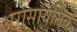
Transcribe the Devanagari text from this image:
अरासायनिक